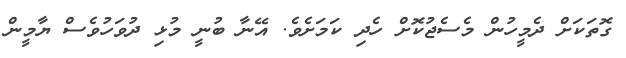
ގޮތަކަށް ދެމީހުން މެސެޖުކޮށް ހެދި ކަމަށެވެ. އޭނާ ބުނީ މުޅި ދުވަހުވެސް ޔާމީން